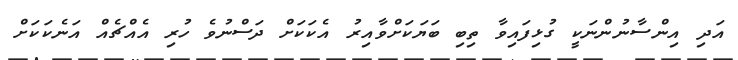
އަދި އިންސާނުންނަކީ ގުޅިފައިވާ ތިބި ބަޔަކަށްވާއިރު އެކަކަށް ދަސްނުވެ ހުރި އެއްޗެއް އަނެކަކަށް